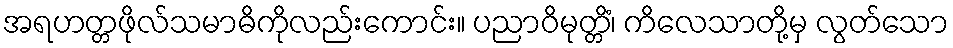
အရဟတ္တဖိုလ်သမာဓိကိုလည်းကောင်း။ ပညာဝိမုတ္တိံ၊ ကိလေသာတို့မှ လွတ်သော